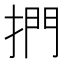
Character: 捫